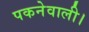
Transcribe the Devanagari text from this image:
पकनेवाली।